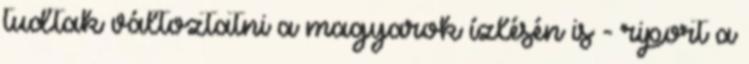
tudtak változtatni a magyarok ízlésén is - riport a